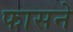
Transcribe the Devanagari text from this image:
फासने